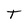
Character: T